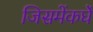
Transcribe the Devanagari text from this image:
जिसमेंकर्घे